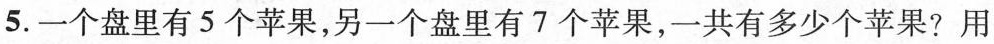
5.一个盘里有5个苹果，另一个盘里有7个苹果，一共有多少个苹果?用